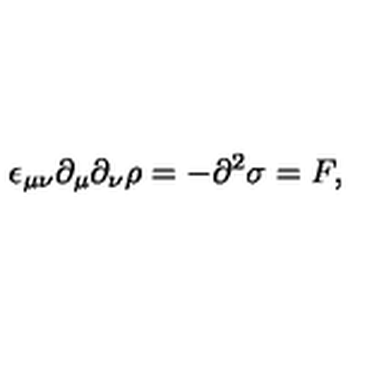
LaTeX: \epsilon _ { \mu \nu } \partial _ { \mu } \partial _ { \nu } \rho = - \partial ^ { 2 } \sigma = F ,